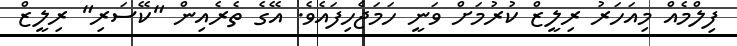
ފިލްމެއް މިއަހަރު ރިލީޒް ކުރުމަށް ވަނީ ހަމަޖެހިފައެވެ. އޭގެ ތެރެއިން "ކޭސަރި" ރިލީޒް